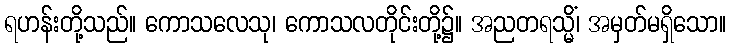
ရဟန်းတို့သည်။ ကောသလေသု၊ ကောသလတိုင်းတို့၌။ အညတရသ္မိံ၊ အမှတ်မရှိသော။